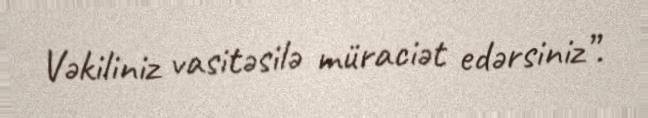
Vəkiliniz vasitəsilə müraciət edərsiniz”.